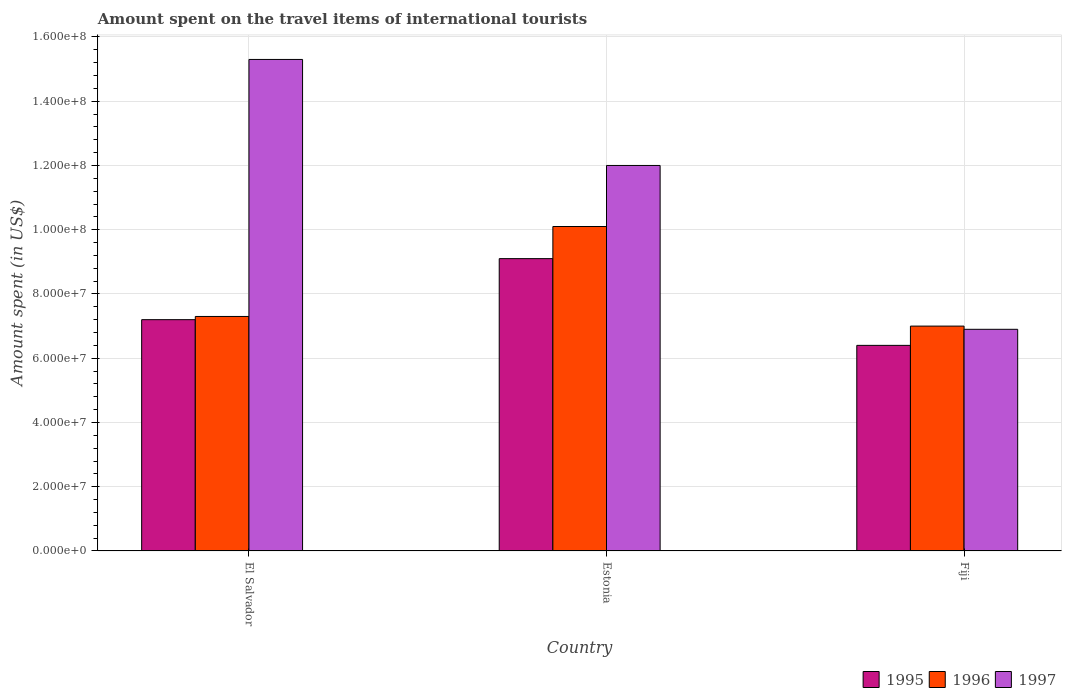
| Country | 1995 | 1996 | 1997 |
 | --- | --- | --- | --- |
 | El Salvador | 7.2e+07 | 7.3e+07 | 1.53e+08 |
 | Estonia | 9.1e+07 | 1.01e+08 | 1.2e+08 |
 | Fiji | 6.4e+07 | 7e+07 | 6.9e+07 |